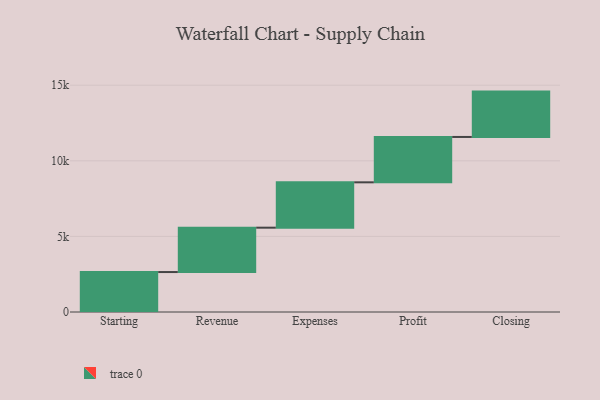
{"axis": {"x": "Step", "y": "Value"}, "legend": [""], "data": [{"x": "Starting", "y": 2643.0, "type": ""}, {"x": "Revenue", "y": 2934.0, "type": ""}, {"x": "Expenses", "y": 3000, "type": ""}, {"x": "Profit", "y": 3000, "type": ""}, {"x": "Closing", "y": 3000, "type": ""}]}